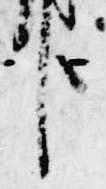
臣